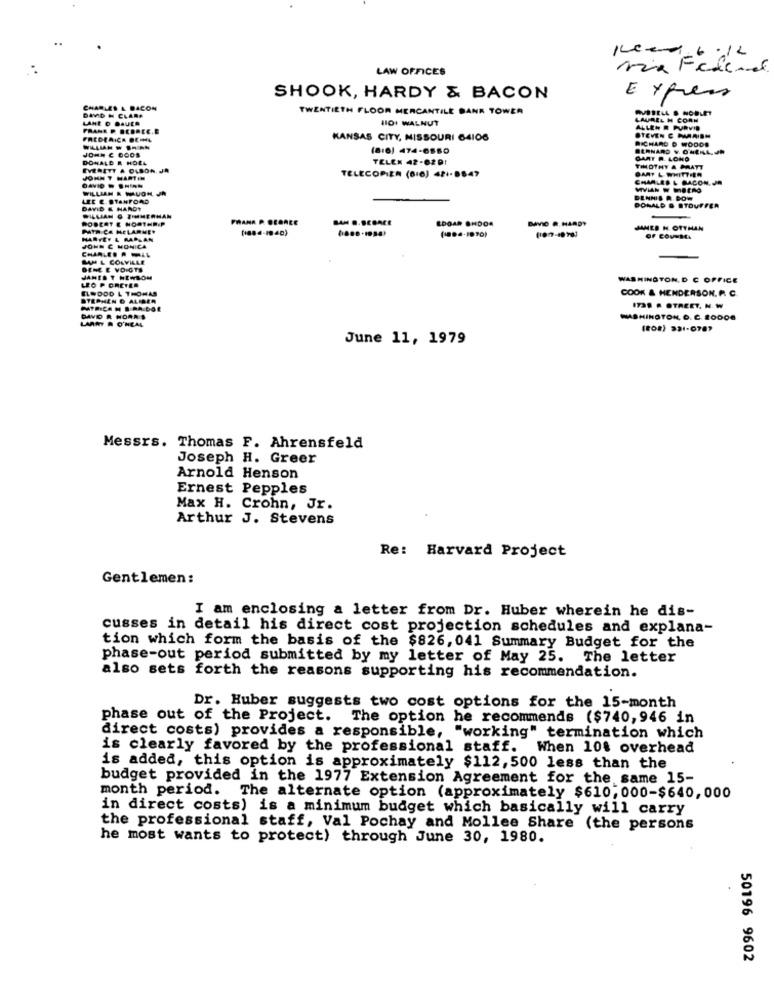
Kleed-6:12
LAW OFFICES
SHOOK, HARDY & BACON
Express
CHARLES & BACON
TWENTIETH FLOOR MERCANTILE BANK TOWER
RVSTELL & NOBLET
DAVID H CLARA
LANE O DAUER
HO1 WALNUT
LAUREL H CORN
ALLEN R PURVIS
FREDERICK DEIL
KANSAS CITY, MISSOURI 64106
STEVEN C MARISH
RICHARD D WOODS
(8:0) 474-6580
BERNARD V. ONEAL. JR
DONALD & HOEL
TELEN 42-6291
GART R. LONO
EVERETT & OLSON. JA
TIMOTHY & PRATT
BART L WHITTIER
JOHN T HARTIN
TELECOPIER (8:0) 421-8847
CHARLES & BACON. JR
DAVID W SHIAN
WILLIAM & MAUGH JR
LEE E. STANFORD
DENNIS A DOW
DAVID & HARDY
DONALD & STOUFFER
WILLIAN & TIMIHERMAN
ROBERT E NORTHRIP
PHANA P. SEDALE
SAN .. DEBACE
EDGAR OHDOA
BIVIO R.HARDY
PATE CA MELARNER
( ... 4.1990)
JAMES H. OTTHAN
HARTEY & RALLAN
JOHN C MONICA
LAH L COLVILLE
DEME E VO GTS
LEG P ORCTER
JAMES T HEWSON
WASHINGTON, D C OFFICE
BLODOD L THOMAS
COOK & HENDERSON. R. C.
STEPHEN & ALIBER
PATRICA N S RA DOE
1239 A STREET, N. W
DAVO R NORR $
LARRY R O'NEAL
WASHINGTON. O. C. 10000
(808) 321-0787
June 11, 1979
Messrs. Thomas F. Ahrensfeld
Joseph H. Greer
Arnold Henson
Ernest Pepples
Max H. Crohn, Jr.
Arthur J. Stevens
Re: Harvard Project
Gentlemen:
I am enclosing a letter from Dr. Huber wherein he dis-
cusses in detail his direct cost projection schedules and explana-
tion which form the basis of the $826, 041 Summary Budget for the
phase-out period submitted by my letter of May 25. The letter
also sets forth the reasons supporting his recommendation.
Dr. Huber suggests two cost options for the 15-month
phase out of the Project. The option he recommends ($740,946 in
direct costs) provides a responsible, "working" termination which
is clearly favored by the professional staff.
When 10$ overhead
is added, this option is approximately $112,500 less than the
budget provided in the 1977 Extension Agreement for the same 15-
month period. The alternate option (approximately $610, 000-$640,000
in direct costs) is a minimum budget which basically will carry
the professional staff, Val Pochay and Mollee Share (the persons
he most wants to protect) through June 30, 1980.
50196 9602